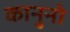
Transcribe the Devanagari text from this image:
कानुनो